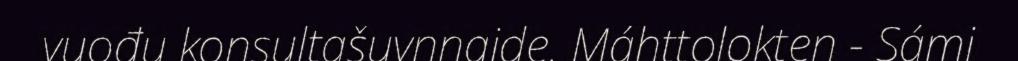
vuođu konsultašuvnnaide. Máhttolokten - Sámi